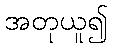
အတုယူ၍